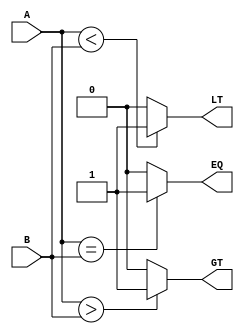
// Magnitude comparator
module mcomp #(
  parameter WIDTH = 6
)(A, B, LT, EQ, GT);
  input [WIDTH-1:0] A;
  input [WIDTH-1:0] B;
  output LT, EQ, GT;

  assign EQ = A == B ? 1'b1 : 1'b0;
  assign LT = A < B  ? 1'b1 : 1'b0;
  assign GT = A > B  ? 1'b1 : 1'b0;

endmodule